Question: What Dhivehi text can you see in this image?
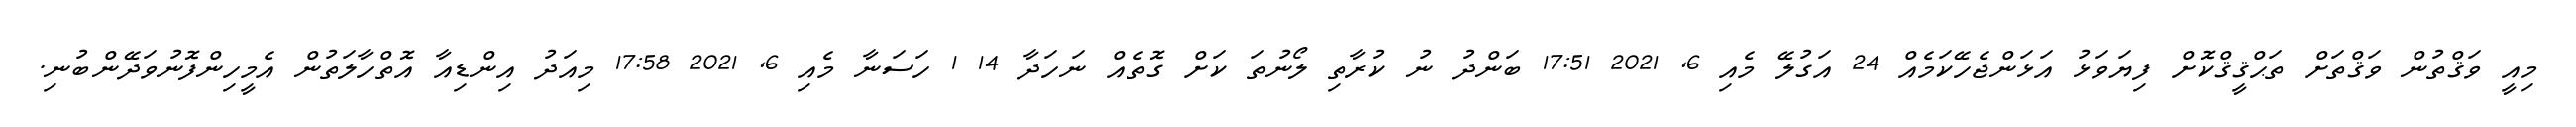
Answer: މިއީ ވަޤްތުން ވަޤްތަށް ތަޙްޤީޤްކޮށް ފިޔަވަޅު އަޅަންޖެހޭކަމެއް 24 އަގުލޭ މެއި 6, 2021 17:51 ބަންދު ނު ކުރާތި ލޯނުތަ ކަށް ގޮތެއް ނަހަދާ 14 1 ހަސަނާ މެއި 6, 2021 17:58 މިއަދު އިންޑިއާ އޮތްހާލަތުން އެމީހިންފޮނުވަދޭންބުނި.